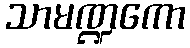
သာမဏ္ဍကော